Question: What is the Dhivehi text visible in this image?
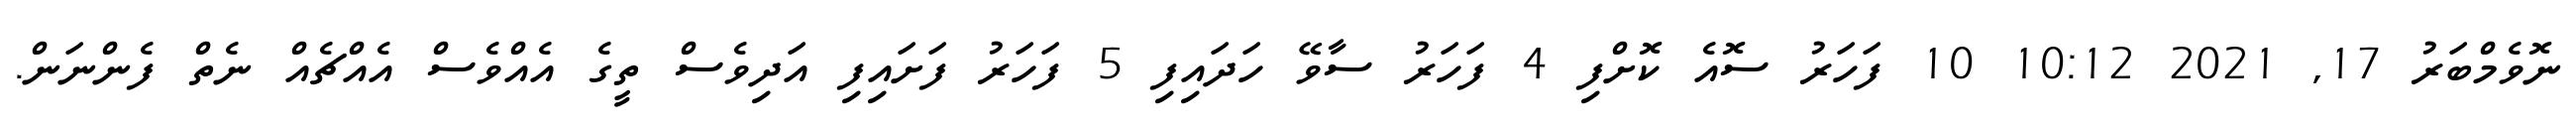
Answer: ނޮވެމްބަރު 17, 2021 10:12 10 ފަހަރު ސޮއެ ކޮށްފި 4 ފަހަރު ސާވޭ ހަދައިފި 5 ފަހަރު ފަށައިފި އަދިވެސް ތީގެ އެއްވެސް އެއްޗެއް ނެތް ފެންނަން.